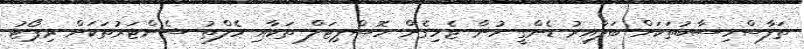
ތަފާސްހިސާބުތަކަށް ބަލާއިރު ޑެންގީ ހުން ޖެހިގެން ހޮސްޕިޓަލް ތަކާއި ހެލްތު ސެންޓަރުތަކަށް ރިޕޯޓު